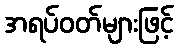
အရပ်ဝတ်များဖြင့်